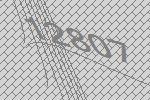
12807